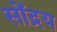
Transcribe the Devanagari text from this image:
सोंद्रय